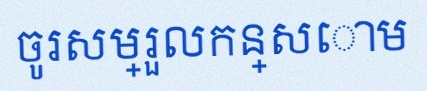
ចូរសម្រួលកន្សោម